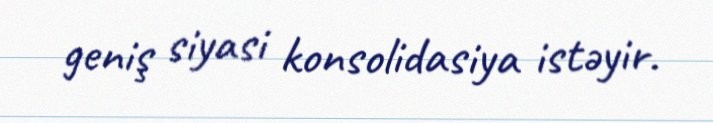
geniş siyasi konsolidasiya istəyir.